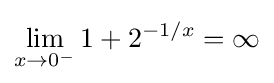
\lim _{x\to 0^{-}}1+2^{-1/x}=\infty